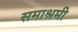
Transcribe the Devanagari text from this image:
समाश्रमी